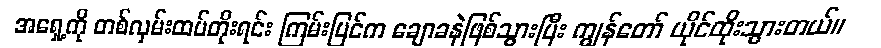
အရှေ့ကို တစ်လှမ်းထပ်တိုးရင်း ကြမ်းပြင်က ချောခနဲဖြစ်သွားပြီး ကျွန်တော် ယိုင်ထိုးသွားတယ်။